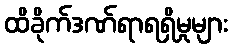
ထိခိုက်ဒဏ်ရာရရှိမှုများ